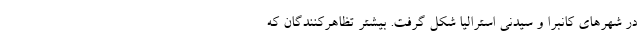
در شهرهای کانبرا و سیدنی استرالیا شکل گرفت. بیشتر تظاهرکنندگان که